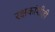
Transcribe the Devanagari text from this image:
रक्षकांशीही